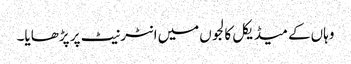
وہاں‌کے میڈیکل کالجوں‌میں‌انٹرنیٹ پر پڑھایا۔